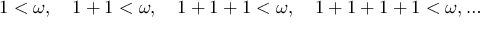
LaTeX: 1 < \omega , \quad 1 + 1 < \omega , \quad 1 + 1 + 1 < \omega , \quad 1 + 1 + 1 + 1 < \omega , \ldots